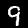
Digit: 9